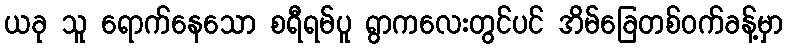
ယခု သူ ရောက်နေသော စရီရမ်ပူ ရွာကလေးတွင်ပင် အိမ်ခြေတစ်ဝက်ခန့်မှာ